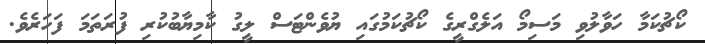
ކޯޗުކަމާ ހަވާލުވި މަސިމޯ އަލެގްރީގެ ކޯޗުކަމުގައި ޔުވެންޓަސް ލީގު ކާމިޔާބުކުރި ފުރަތަމަ ފަހަރެވެ.